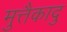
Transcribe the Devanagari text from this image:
मुत्तैकादु